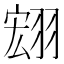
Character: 翝